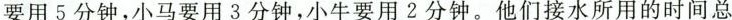
要用5分钟，小马要用3分钟，小牛要用2分钟。他们接水所用的时间总